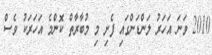
2010 ވަނަ އަހަރު ލަންޑަންގައި ފެށި މި މުބާރާތް ކޮންމެ އަހަރަކު ވެސް